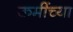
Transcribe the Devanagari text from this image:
ऊमींच्या